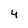
Character: 4